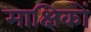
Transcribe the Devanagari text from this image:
माक्षिकों